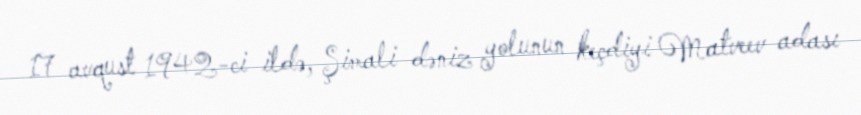
17 avqust 1942-ci ildə, Şimali dəniz yolunun keçdiyi Matveev adası